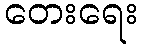
တေးရေး